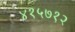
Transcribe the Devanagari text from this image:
४१५७१२